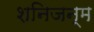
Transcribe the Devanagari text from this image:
शनिजन्म